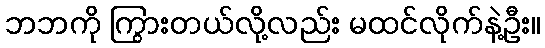
ဘဘကို ကြွားတယ်လို့လည်း မထင်လိုက်နဲ့ဦး။